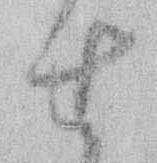
せ